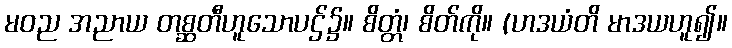
မဝည အညာယ တစ္ဆတီဟူသောပဌ်၌။ စိတ္တံ၊ စိတ်ကို။ (ဟဒယံတိ မာဒယဟူ၍။